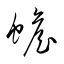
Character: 蟾